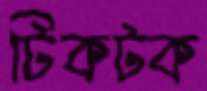
টিকটক